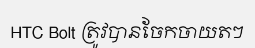
HTC Bolt ត្រូវបានចែកចាយតៗ